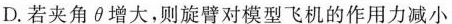
D.若夹角\theta增大，则旋臂对模型飞机的作用力减小